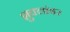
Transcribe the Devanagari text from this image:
शुक्लांबर